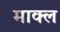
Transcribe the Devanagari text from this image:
माक्ल